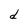
Character: d